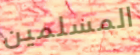
المسلمين